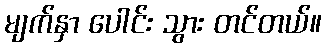
မျက်နှာ ပေါင်း သွား တင်တယ်။